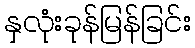
နှလုံးခုန်မြန်ခြင်း